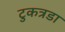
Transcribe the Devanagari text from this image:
टुकत्रडा